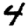
Digit: 4